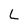
Character: L